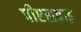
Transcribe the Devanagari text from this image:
पीएसवाइ